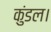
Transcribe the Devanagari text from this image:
कुंडल।